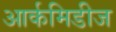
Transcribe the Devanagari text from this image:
आर्कमिडीज